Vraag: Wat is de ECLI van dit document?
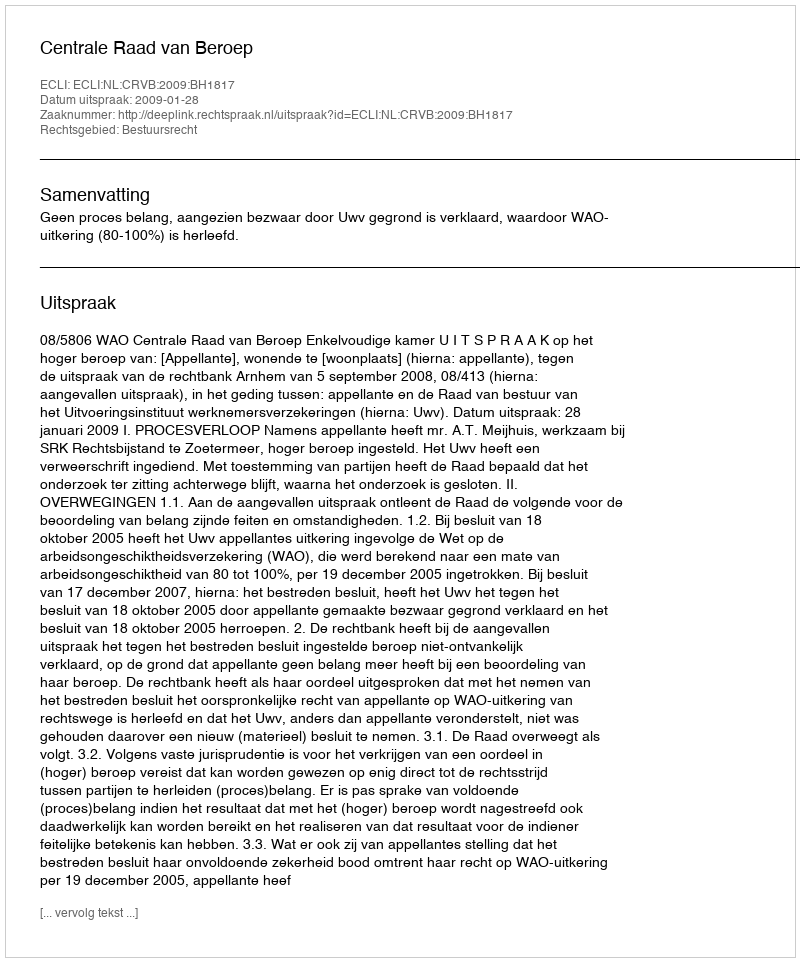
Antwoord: ECLI:NL:CRVB:2009:BH1817